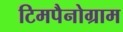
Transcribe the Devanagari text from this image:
टिमपैनोग्राम